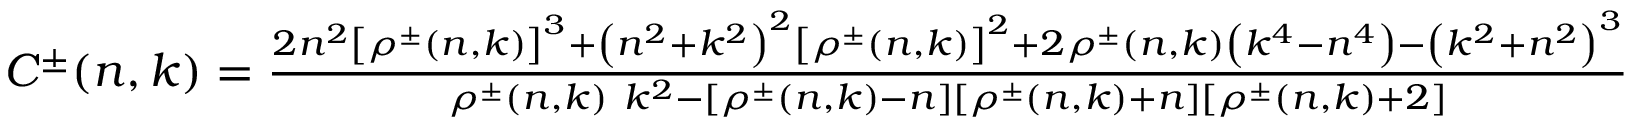
\begin{array} { r } { C ^ { \pm } ( n , k ) = \frac { 2 n ^ { 2 } \left[ \rho ^ { \pm } ( n , k ) \right] ^ { 3 } + \left( n ^ { 2 } + k ^ { 2 } \right) ^ { 2 } \left[ \rho ^ { \pm } ( n , k ) \right] ^ { 2 } + 2 \rho ^ { \pm } ( n , k ) \left( k ^ { 4 } - n ^ { 4 } \right) - \left( k ^ { 2 } + n ^ { 2 } \right) ^ { 3 } } { \rho ^ { \pm } ( n , k ) ~ k ^ { 2 } - \left[ \rho ^ { \pm } ( n , k ) - n \right] \left[ \rho ^ { \pm } ( n , k ) + n \right] \left[ \rho ^ { \pm } ( n , k ) + 2 \right] } } \end{array}